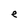
Character: e